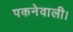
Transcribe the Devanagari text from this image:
पकनेवाली।